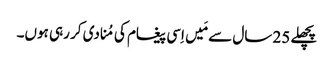
‏ پچھلے 25 سال سے مَیں اِسی پیغام کی مُنادی کر رہی ہوں۔